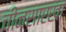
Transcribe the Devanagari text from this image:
चीनसारखा